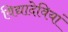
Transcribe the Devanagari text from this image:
विद्यादेवियां